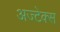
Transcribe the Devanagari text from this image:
अज्टेक्स